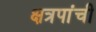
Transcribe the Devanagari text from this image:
क्षत्रपांची